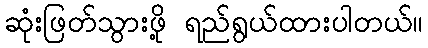
ဆုံးဖြတ်သွားဖို့ ရည်ရွယ်ထားပါတယ်။